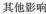
其他影响